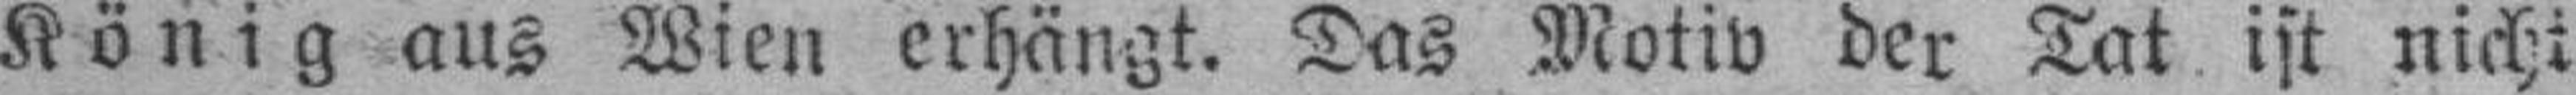
König aus Wien erhängt. Das Motiv der Tat ist nicht